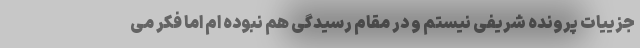
جزییات پرونده شریفی نیستم و در مقام رسیدگی هم نبوده ام اما فکر می